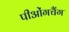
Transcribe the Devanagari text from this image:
पीओंगचैंग